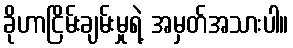
ခိုဟာငြိမ်းချမ်းမှုရဲ့ အမှတ်အသားပါ။